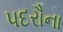
પદરૌના